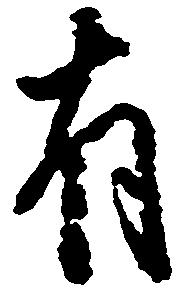
有